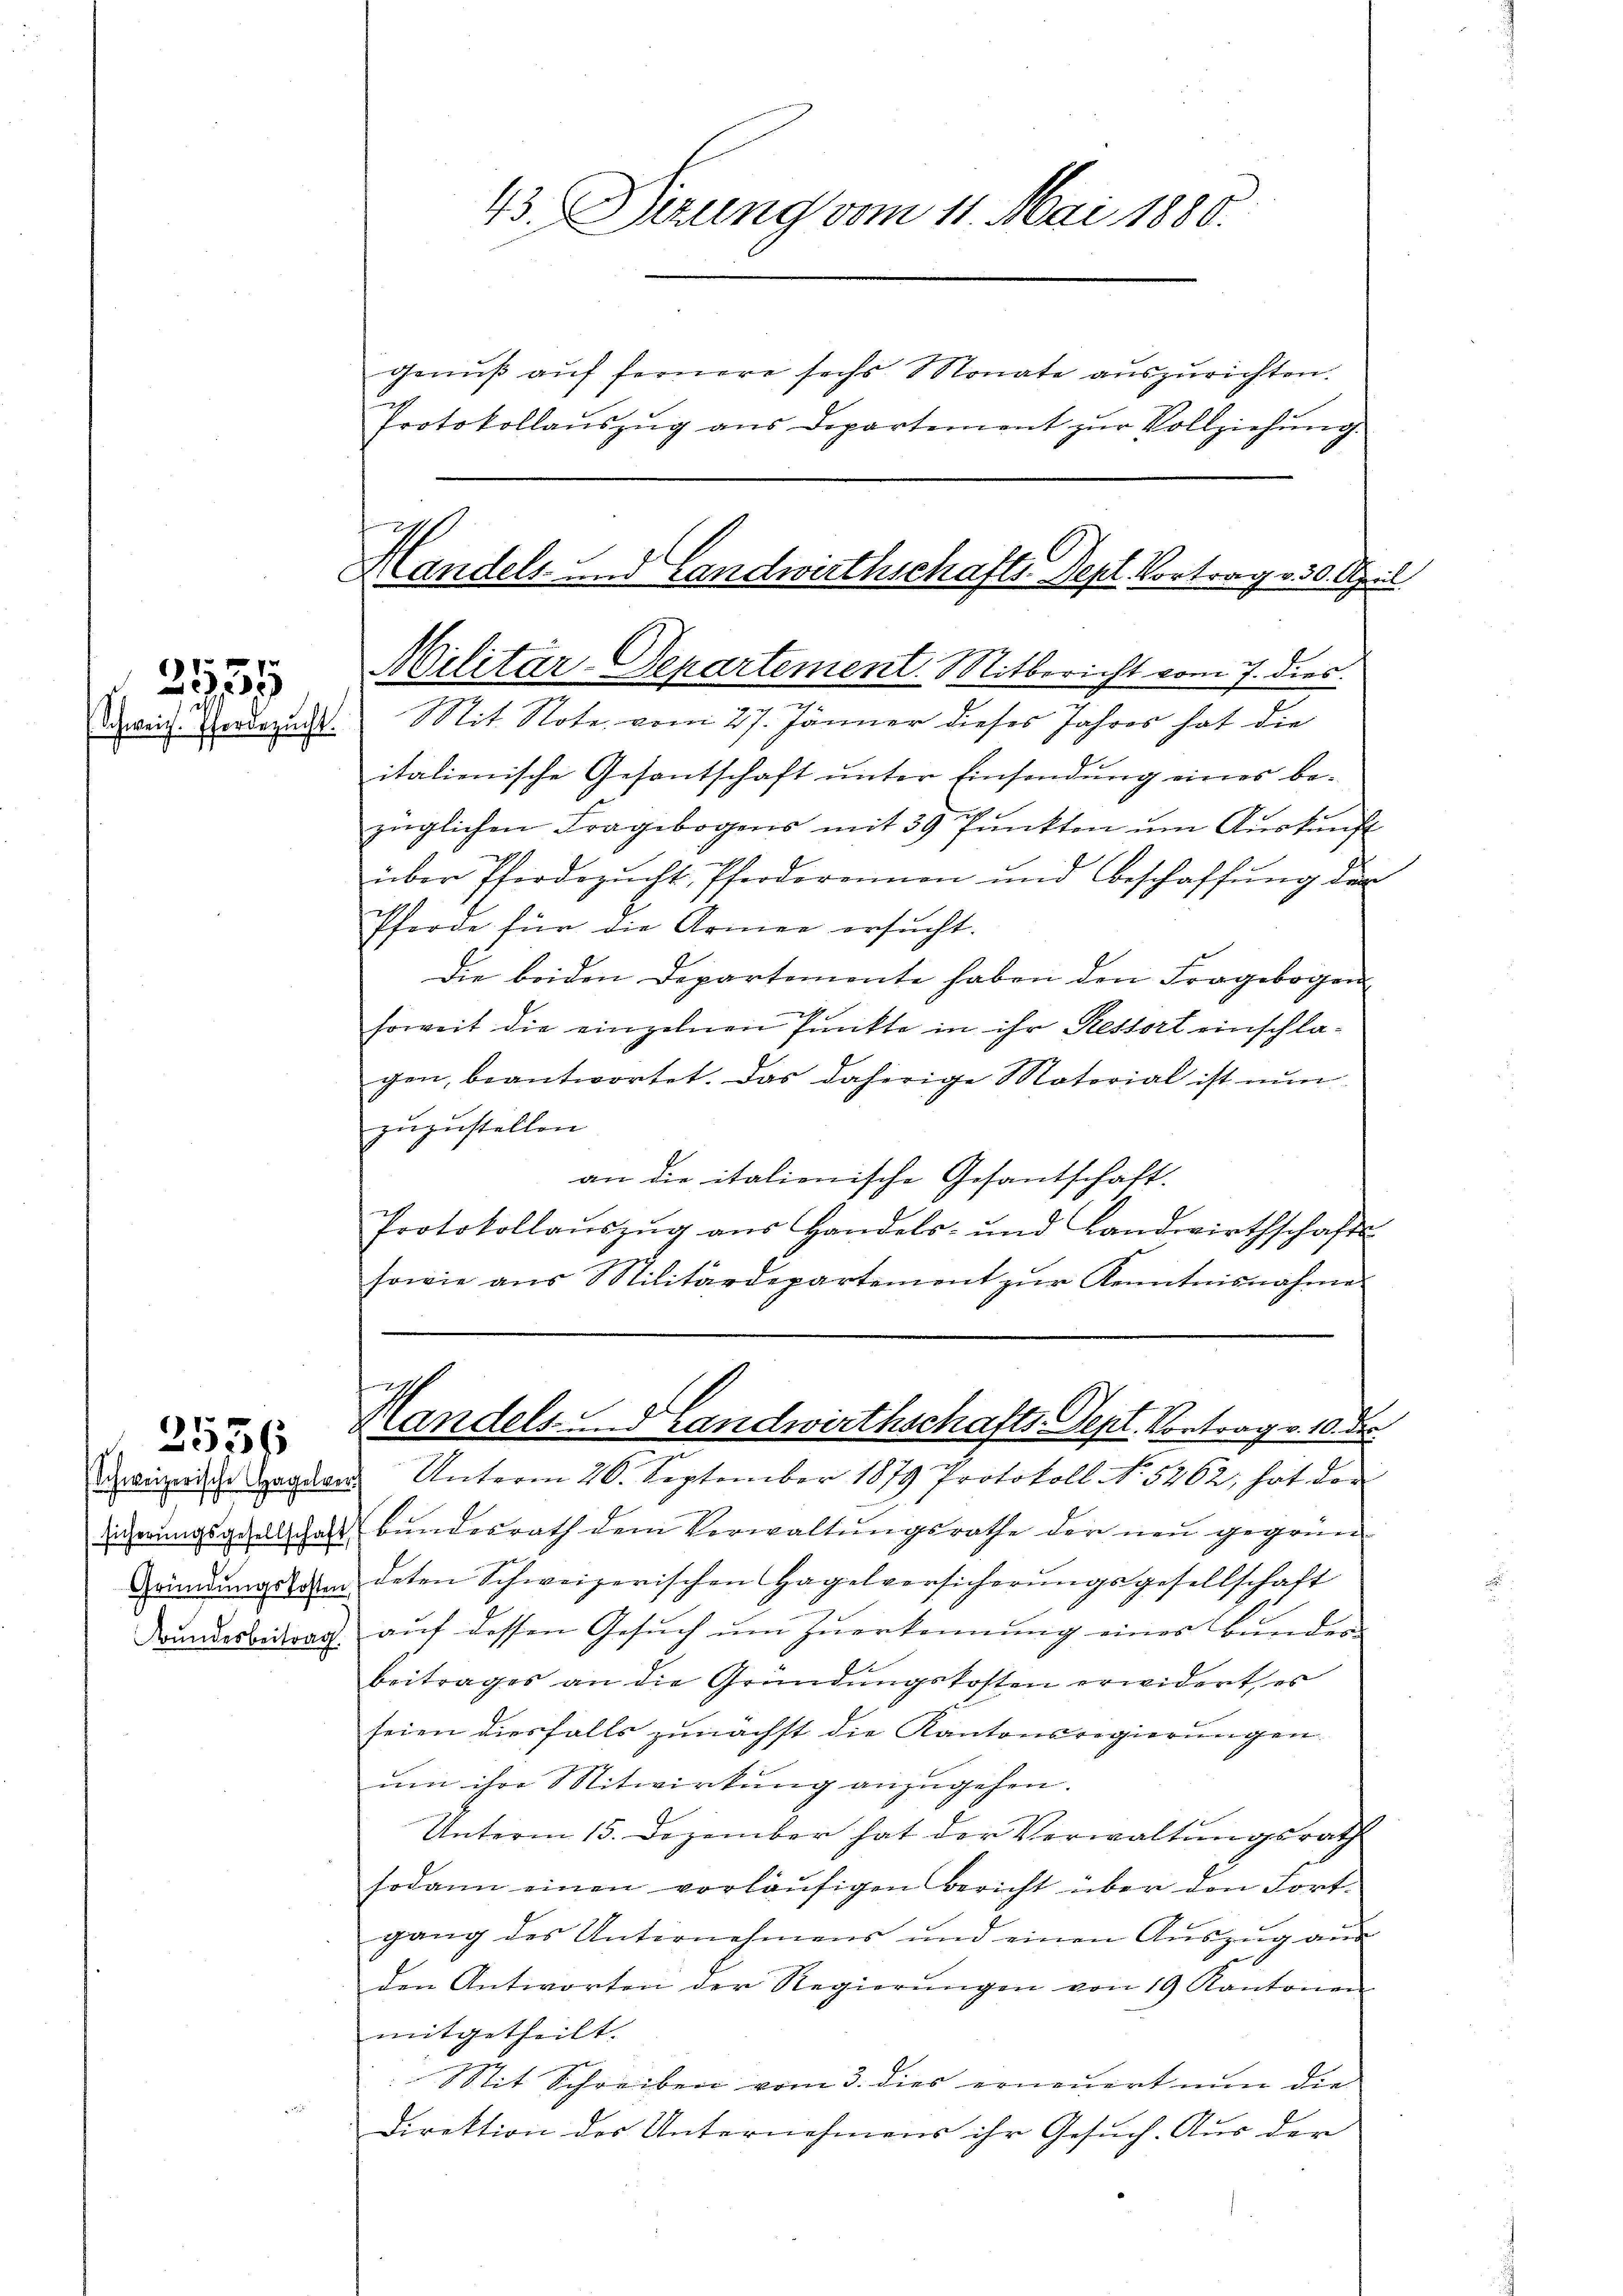
1
2,25
Schweiz. Pferdezucht.

2536

Bundesbeitrag.

43. Dirung vom 11. Mai 1880.

Protokollaŭszŭg ans Departement zŭr Vollziehŭng.

genuß auf fernere sechs Monate auszurichten.

.
Handels- und Landwirthschafts Depl Vortrag v. 30. April
Militär-Departement. Mitbericht vom 7. dies
n
Mit Note vom 27. Jänner dieses Jahres hat die

4
Mandels- u. Handwirthschafts-Sept. Vortrag v. 10. des

italienische Gesantschaft unter Einsendung eines bezüglichen Fragebogens mit 39 Pŭnkten ŭm Aŭskŭnft
über Pferdezŭcht, Pferdereimon und Beschaffŭng der
Pferde für die Armee ersucht.
Die beiden Departemente haben den Fragebogen
A
soweit die einzelnen Punkte in ihr Ressort einschlagen, beantwortet. Das daherige Material ist nun
zuzustellen.
an die italienische Gesantschaft.
Protokollaŭszŭg aŭs Handels- und Landwirthschafts-
sowie aus Militärdepartement zŭr Kenntnisnahme

wierige Gegen Unterm 26. September 1879 Protokoll No 5262, hat der
iderungsgesellschaft bundesrath dem Verwaltungsrathe der neu gegrün¬
Gründŭngs- da deten Schweizerischen Hagelversicherŭngsgesellschaft
auf dessen Gesuch um Zuerkennung eines Bunder
beitrages an die Gründungskosten erwidert, es
seien diesfalls zunächst die Kantonsregierungen.
um ihre Mitwirkung anzugehen.
Unterm 15. Dezember hat der Verwaltungsrath
sodann einen vorläŭfigen Bericht über den Fort-
gang des Unternehmens und einen Aŭszŭg aŭs
den Antworten der Regierŭngen von 19 Kantonen
mitgetheilt.
Stit Schreiben vom 3. dies erneŭert nun die
Direktion der Unternehmens ihr Gesuch. Aus der